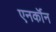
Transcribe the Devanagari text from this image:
एनर्कॉन